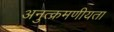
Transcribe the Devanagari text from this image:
अनुत्क्रमणीयता